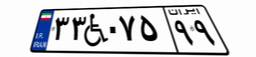
۳۳W۰۷۵۹۹